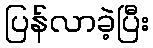
ပြန်လာခဲ့ပြီး